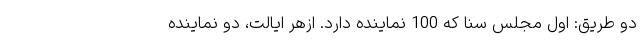
دو طریق: اول مجلس سنا که 100 نماینده دارد. ازهر ایالت، دو نماینده